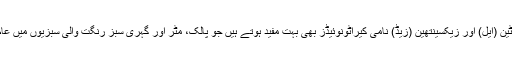
اس کے علاوہ لیوٹین (ایل) اور زیکسینتھین (زیڈ) نامی کیراٹونوئیڈز بھی بہت مفید ہوتے ہیں جو پالک، مٹر اور گہری سبز رنگت والی سبزیوں میں عام پائے جاتے ہیں۔